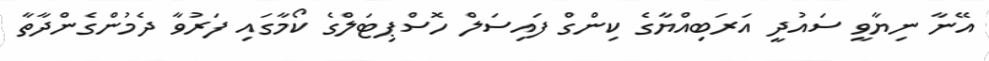
އޭނާ ނިޔާވީ ސައުދީ އަރަބިއްޔާގެ ކިންގް ފައިސަލް ހޮސްޕިޓަލްގެ ކޯމާގައި ފަރުވާ ދެމުންގެންދާތާ